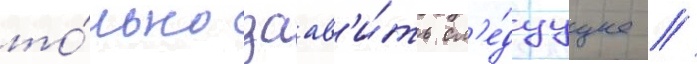
то́лько заав'и́ть сл'е́дуущее //